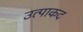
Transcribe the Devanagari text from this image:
उत्पाकद